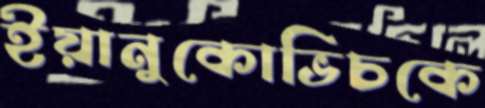
ইয়ানুকোভিচকে